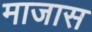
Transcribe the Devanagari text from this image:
माजास